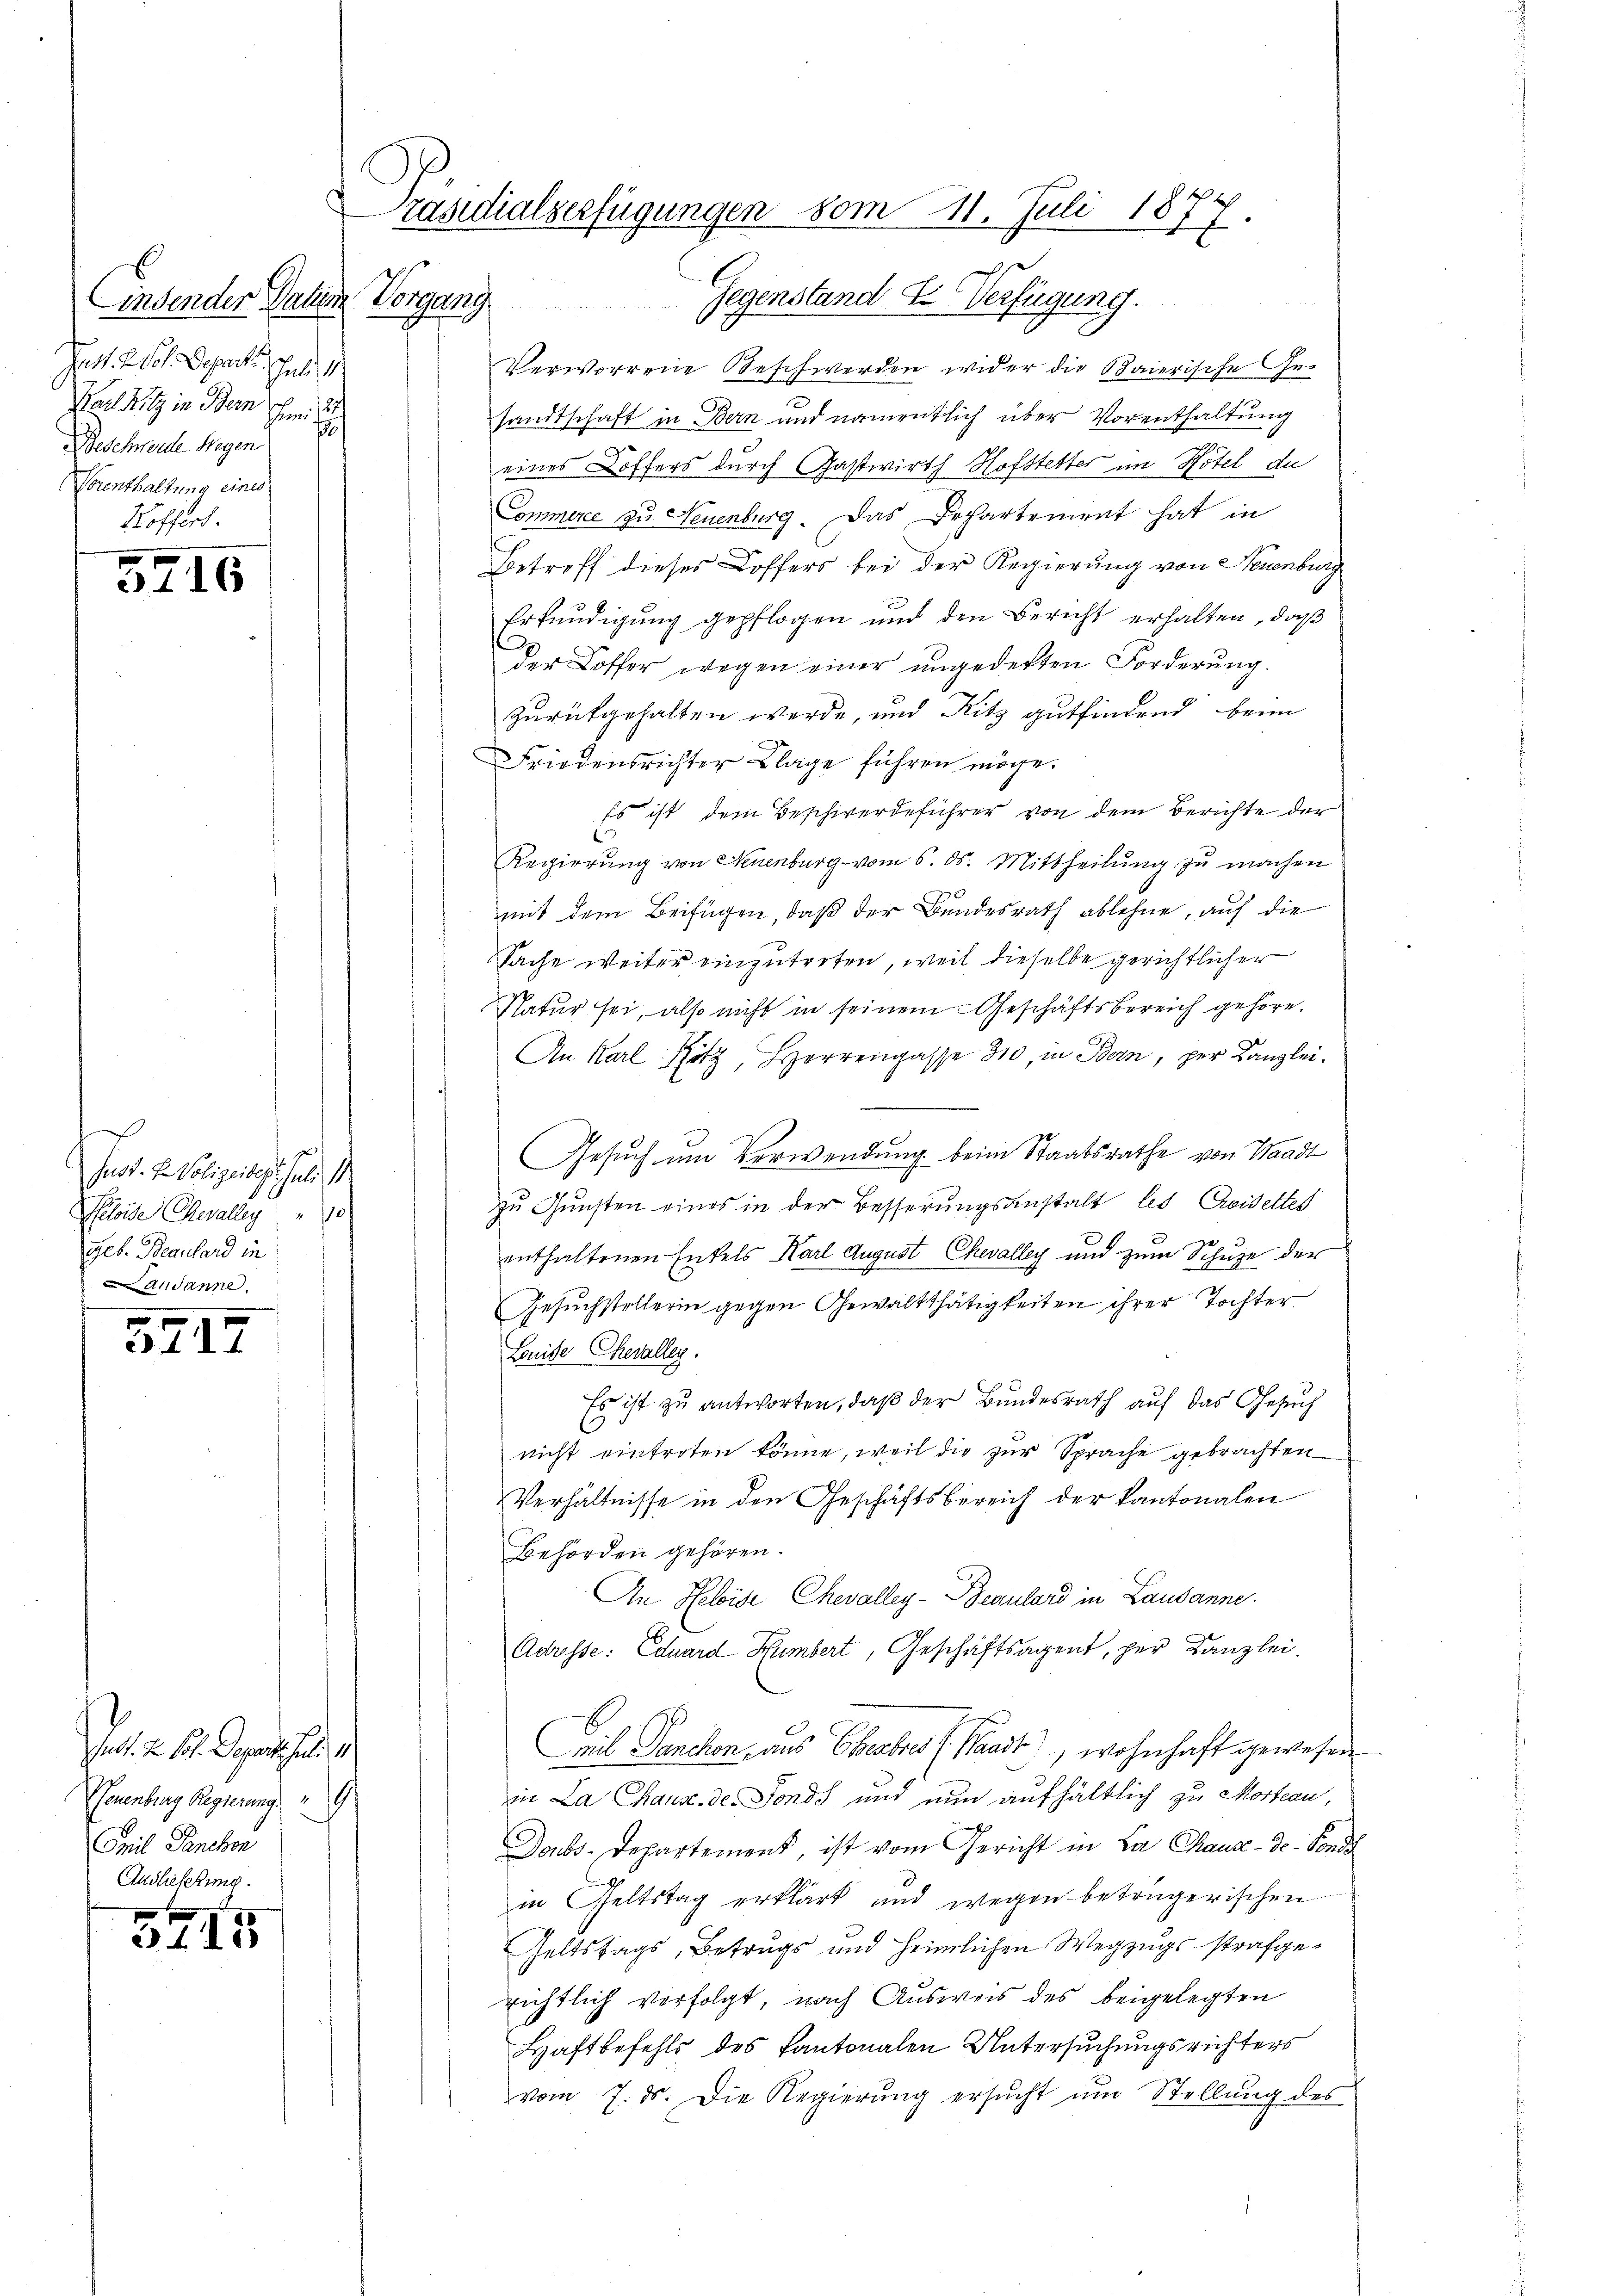
E
indender Datum
Jat. Wol. Deprenten Juli 1
Karl Ritz in Bern Emi
30
Beschwerden Segen
Vorenthaltung eines
Koffert.

5716

s
Just. H. Polizeibes Juli 1
Ploide Chevalleg
geb. Beanhard in
ausanne

3717

Jed. 2. B. Depart sein
h
Teuenburg Regierung.
Emil Panchon
Auslieferung.

34. 455

Präsidialserfügungen vom 11. Juli 1877.
Vorzung
Gegenstand 2. Verfügung.

Verworrene Beschwerden wider die Baierische Ge-
sandtschaft in Bern und namentlich über Vorenthaltung
eines Koffers durch Gastwirth Hofstetter im Hotel de
Commerce zu Neuenburg. Das Departement hat in
Betreff dieses Koffers bei der Regierung von Neuenburg
Erkundigung gepflogen und den Bericht erhalten, daß
der Koffer wegen einer ungedekten Forderŭng.
Zurükgehalten werde, und Ritz gutfindend beim
Friedensrichter Klage führen möge.
Es ist dem Beschwerdeführer von dem Berichte der
Regierŭng von Neuenburg vom 6. ds. Mittheilŭng zŭ machen
mit dem Beifügen, daß der Bundesrath ablehne, auf die
Sache weiter einzutreten, weil dieselbe gerichtlicher
Natur sei, also nicht in seinem Geschäftsbereich gehöre.
An Karl Hotz, Herrengasse 310, in Bern, per Kanzlei.
Gesuch um Verwendung beim Staatsrathe von Waadt
a
zu Gunsten eines in der Besserungsanstalt les Eiseltes
d
enthaltenen Entels Karl August Chevalley und zum Schuze der
Gesuchstellerin gegen Gewaltthätigkeiten ihrer Tochter
Louise Chevalleg.
Es ist zu antworten, daß der Bundesrath auf das Gesuch
nicht eintreten könne, weil die zur Sprache gebrachten
Verhältnisse in den Geschäftsbereich der Kantonalen
Behörden gehören.
An Heleise Chevalley-Deculard in Lausanne.
Adresse: Eduard Humbert, Geschäftsagent, per Kanzlei.
eil Panchon aus Eheabro (Pacit), wohnhaft gewesen
in La Chause de Fonds und nun aufhältlich zu Mordeau,
Doubs-Departement, ist vom Gericht in La Chaux-de-Fonds
in Geltstag erklärt und wegen betrügerischen
Geltstags, Betrugs und heimlichen Wegzugsstrafgerichtlich verfolgt, nach Ausweis des beigelegten
Haftbefehls des Kantonalen Untersuchungsrichters
vom 7. ds. Die Regierŭng ersŭcht ŭm Stellŭng des